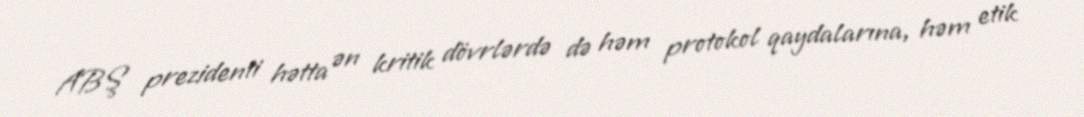
ABŞ prezidenti hətta ən kritik dövrlərdə də həm protokol qaydalarına, həm etik